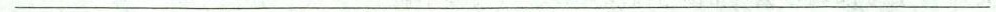
___